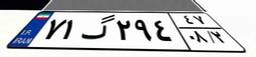
۷۱گ۲۹۴۴۷